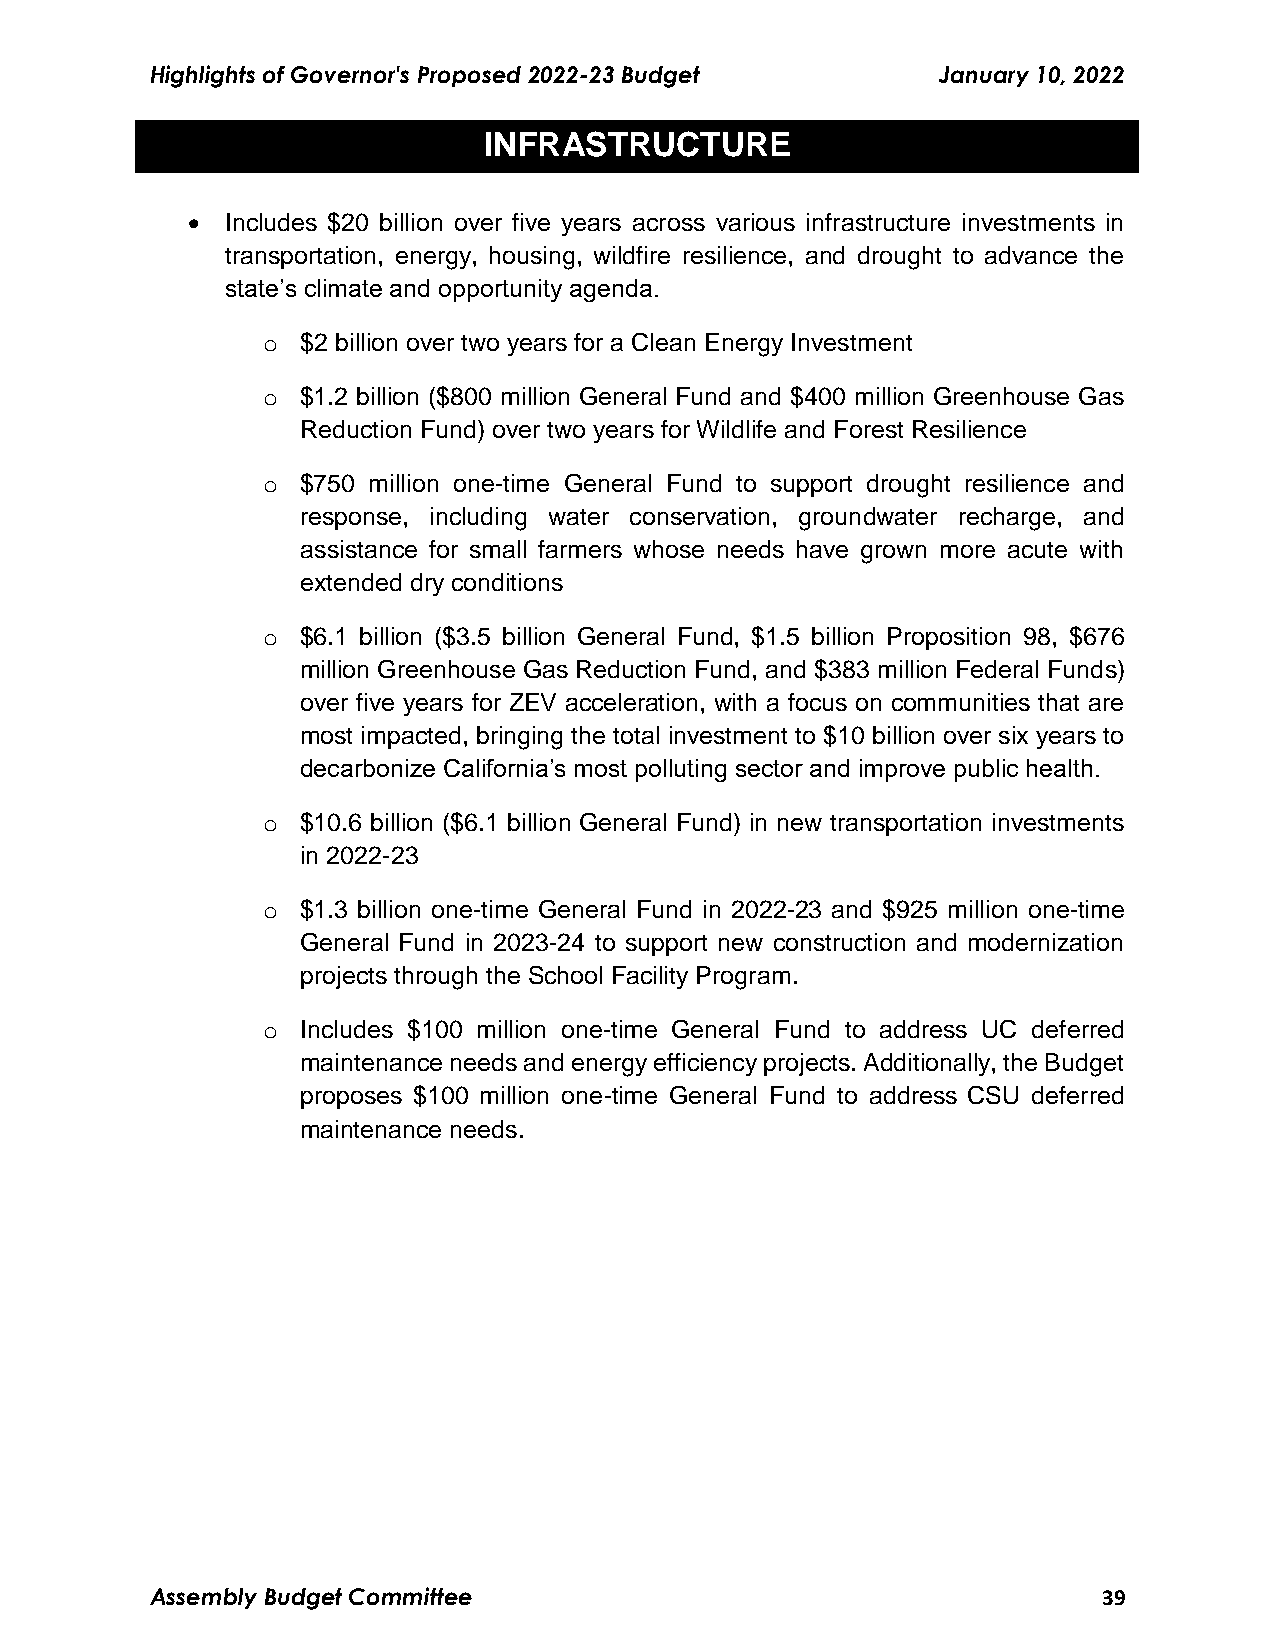
Highlights of Governor's Proposed 2022-23 Budget    January 10, 2022
 INFRASTRUCTURE
   Includes $20 billion over five years across various infrastructure investments in
 transportation, energy, housing, wildfire resilience, and drought to advance the
 state’s climate and opportunity agenda.
 o  $2 billion over two years for a Clean Energy Investment
 o  $1.2 billion ($800 million General Fund and $400 million Greenhouse Gas
 Reduction Fund) over two years for Wildlife and Forest Resilience
 o  $750 million one-time General Fund to support drought resilience and
 response, including water conservation, groundwater recharge, and
 assistance for small farmers whose needs have grown more acute with
 extended dry conditions
 o  $6.1 billion ($3.5 billion General Fund, $1.5 billion Proposition 98, $676
 million Greenhouse Gas Reduction Fund, and $383 million Federal Funds)
 over five years for ZEV acceleration, with a focus on communities that are
 most impacted, bringing the total investment to $10 billion over six years to
 decarbonize California’s most polluting sector and improve public health.
 o  $10.6 billion ($6.1 billion General Fund) in new transportation investments
 in 2022-23
 o  $1.3 billion one-time General Fund in 2022-23 and $925 million one-time
 General Fund in 2023-24 to support new construction and modernization
 projects through the School Facility Program.
 o  Includes $100 million one-time General Fund to address UC deferred
 maintenance needs and energy efficiency projects. Additionally, the Budget
 proposes $100 million one-time General Fund to address CSU deferred
 maintenance needs.
 Assembly Budget Committee                                      39